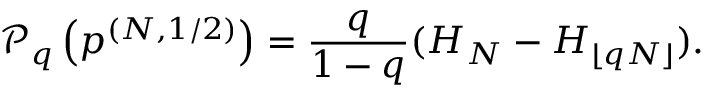
\mathcal { P } _ { q } \left( \boldsymbol { p } ^ { ( N , 1 / 2 ) } \right) = \frac { q } { 1 - q } ( H _ { N } - H _ { \lfloor q N \rfloor } ) .